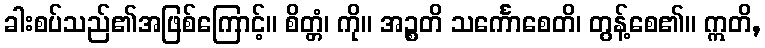
ခါးစပ်သည်၏အဖြစ်ကြောင့်။ စိတ္တံ၊ ကို။ အဉ္စတိ သင်္ကောစေတိ၊ တွန့်စေ၏။ ဣတိ,